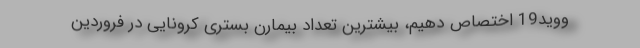
ووید19 اختصاص دهیم، بیشترین تعداد بیمارن بستری کرونایی در فروردین